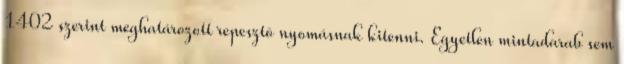
1402 szerint meghatározott repesztõ nyomásnak kitenni. Egyetlen mintadarab sem